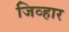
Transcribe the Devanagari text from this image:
जिव्हार